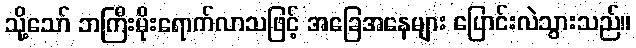
သို့သော် ဘကြီးမိုးရောက်လာသဖြင့် အခြေအနေများ ပြောင်းလဲသွားသည်။